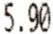
5.90